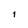
Character: 1